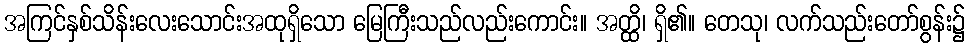
အကြင်နှစ်သိန်းလေးသောင်းအထုရှိသော မြေကြီးသည်လည်းကောင်း။ အတ္ထိ၊ ရှိ၏။ တေသု၊ လက်သည်းတော်စွန်း၌